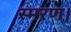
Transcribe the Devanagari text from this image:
स्मरण।